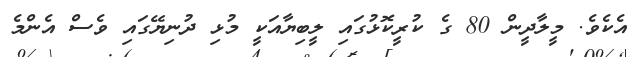
އެކެވެ. މީލާދީން 80 ގެ ކުރީކޮޅުގައި ލީބިޔާއަކީ މުޅި ދުނިޔޭގައި ވެސް އެންމެ